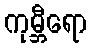
ကုမ္ဘီရော